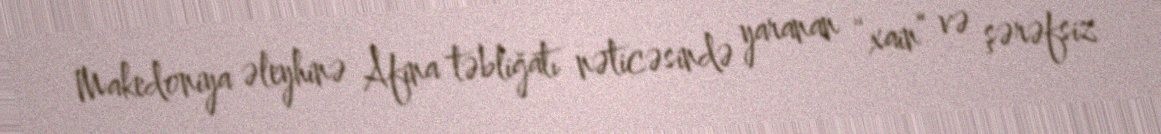
Makedoniya əleyhinə Afina təbliğatı nəticəsində yaranan “xain” və şərəfsiz